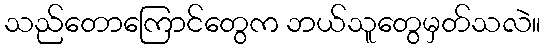
သည်တောကြောင်တွေက ဘယ်သူတွေမှတ်သလဲ။